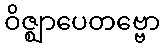
ဝိဇ္ဈာပေတဗ္ဗော